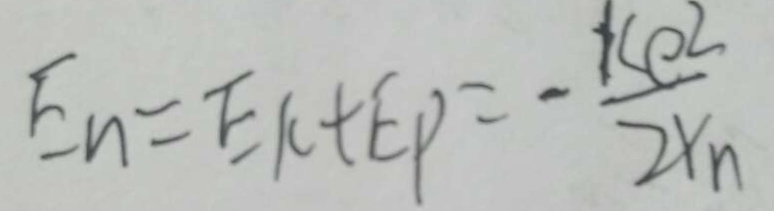
E _ { n } = E k + E P = - \frac { k e ^ { 2 } } { 2 Y _ { n } }